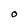
Character: O